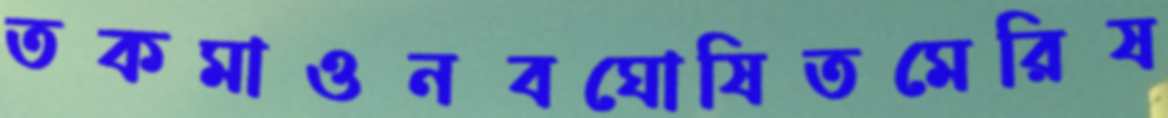
তকমাওনবঘোষিতমেরিষ